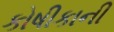
કોષીકાની